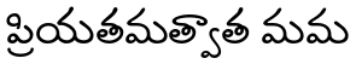
ప్రియతమత్వాత మమ